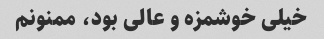
خیلی خوشمزه و عالی بود، ممنونم